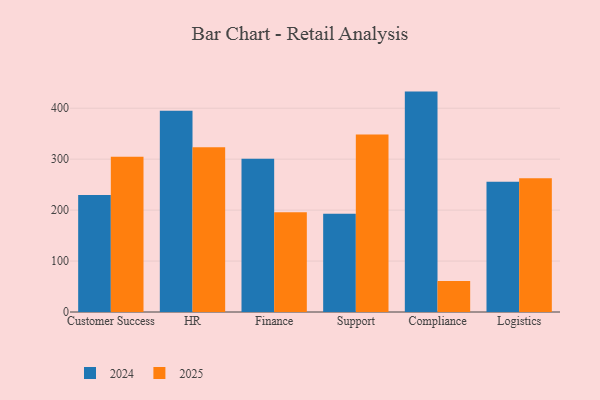
{"axis": {"x": "Department", "y": "Humidity (%)"}, "legend": ["2024", "2025"], "data": [{"x": "Customer Success", "y": 229.6, "type": "2024"}, {"x": "Customer Success", "y": 304.9, "type": "2025"}, {"x": "HR", "y": 395.0, "type": "2024"}, {"x": "HR", "y": 323.4, "type": "2025"}, {"x": "Finance", "y": 300.8, "type": "2024"}, {"x": "Finance", "y": 196.0, "type": "2025"}, {"x": "Support", "y": 192.9, "type": "2024"}, {"x": "Support", "y": 348.2, "type": "2025"}, {"x": "Compliance", "y": 432.6, "type": "2024"}, {"x": "Compliance", "y": 61.0, "type": "2025"}, {"x": "Logistics", "y": 255.8, "type": "2024"}, {"x": "Logistics", "y": 262.7, "type": "2025"}]}